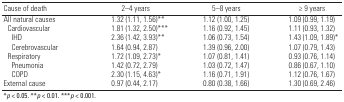
| Cause of death | 2–4 years | 5–8 years | ≥ 9 years |
 | --- | --- | --- | --- |
 | All natural causes | 1.32 (1.11, 1.56)** | 1.12 (1.00, 1.25) | 1.09 (0.99, 1.19) |
 | Cardiovascular | 1.81 (1.32, 2.50)*** | 1.16 (0.92, 1.45) | 1.11 (0.93, 1.32) |
 | IHD | 2.36 (1.42, 3.93)** | 1.06 (0.73, 1.54) | 1.43 (1.09, 1.89)* |
 | Cerebrovascular | 1.64 (0.94, 2.87) | 1.39 (0.96, 2.00) | 1.07 (0.79, 1.43) |
 | Respiratory | 1.72 (1.09, 2.73)* | 1.07 (0.81, 1.41) | 0.93 (0.76, 1.14) |
 | Pneumonia | 1.42 (0.72, 2.79) | 1.03 (0.72, 1.47) | 0.86 (0.67, 1.10) |
 | COPD | 2.30 (1.15, 4.63)* | 1.16 (0.71, 1.91) | 1.12 (0.76, 1.67) |
 | External cause | 0.97 (0.44, 2.17) | 0.80 (0.38, 1.66) | 1.30 (0.69, 2.46) |
 | <COLSPAN=4> *p < 0.05. **p < 0.01. ***p < 0.001. |